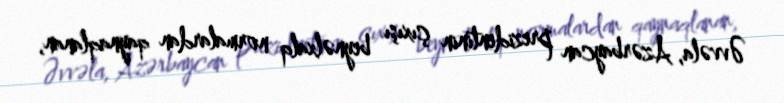
Əvvəla, Azərbaycan prezidentinin çıxışı beynəlxalq normalardan qaynaqlanan,